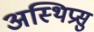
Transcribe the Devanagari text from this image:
अस्थिप्रसु